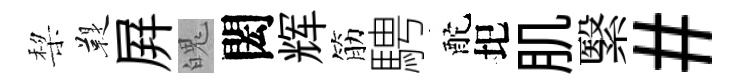
棃鞮屛魄閎辉筋騁酡圯肌繄#